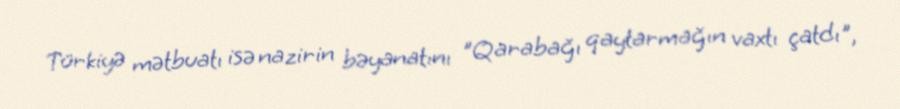
Türkiyə mətbuatı isə nazirin bəyanatını "Qarabağı qaytarmağın vaxtı çatdı",